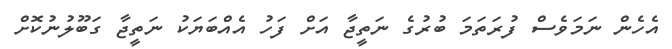
އެހެން ނަމަވެސް ފުރަތަމަ ބުރުގެ ނަތީޖާ އަށް ފަހު އެއްބަޔަކު ނަތީޖާ ގަބޫލުނުކޮށް